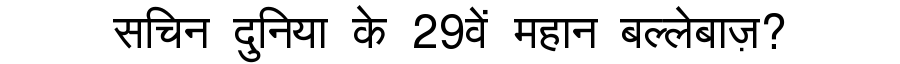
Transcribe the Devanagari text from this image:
सचिन दुनिया के 29वें महान बल्लेबाज़?